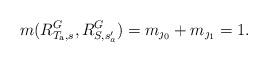
LaTeX: \begin{align*}m(R^G_{T_{\rm a}, s}, R^G_{S, s'_a}) =m_{\jmath_0} + m_{\jmath_1} =1. \end{align*}